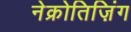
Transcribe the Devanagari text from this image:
नेक्रोतिज़िंग